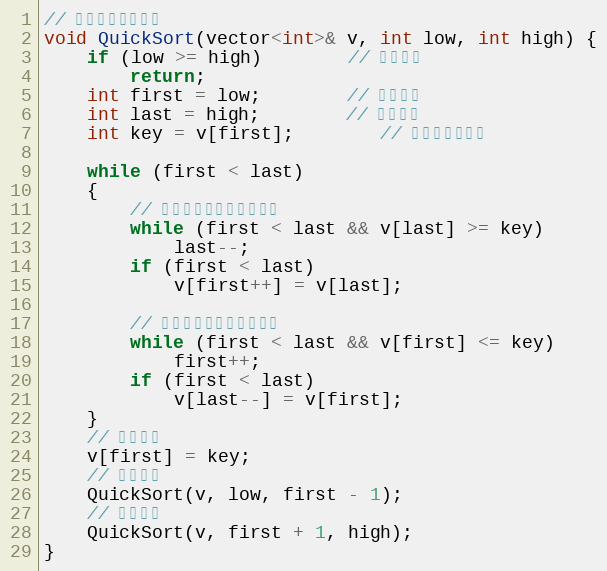
Language: C
// 快速排序（递归）
void QuickSort(vector<int>& v, int low, int high) {
	if (low >= high)		// 结束标志
		return;
	int first = low;		// 低位下标
	int last = high;		// 高位下标
	int key = v[first];		// 设第一个为基准

	while (first < last)
	{
		// 将比第一个小的移到前面
		while (first < last && v[last] >= key)
			last--;
		if (first < last)
			v[first++] = v[last];

		// 将比第一个大的移到后面
		while (first < last && v[first] <= key)
			first++;
		if (first < last)
			v[last--] = v[first];
	}
	// 基准置位
	v[first] = key;
	// 前半递归
	QuickSort(v, low, first - 1);
	// 后半递归
	QuickSort(v, first + 1, high);
}